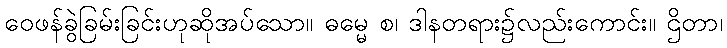
ဝေဖန်ခွဲခြမ်းခြင်းဟုဆိုအပ်သော။ ဓမ္မေ စ၊ ဒါနတရား၌လည်းကောင်း။ ဌိတာ၊